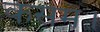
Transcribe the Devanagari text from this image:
कसम।